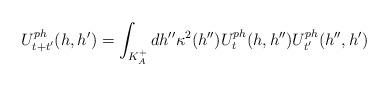
LaTeX: \begin{align*}U_{t+t'}^{ph}(h,h')=\int_{K^+_A}dh''\kappa^2(h'')U_t^{ph}(h,h'')U_{t'}^{ph}(h'',h')\end{align*}